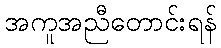
အကူအညီတောင်းရန်